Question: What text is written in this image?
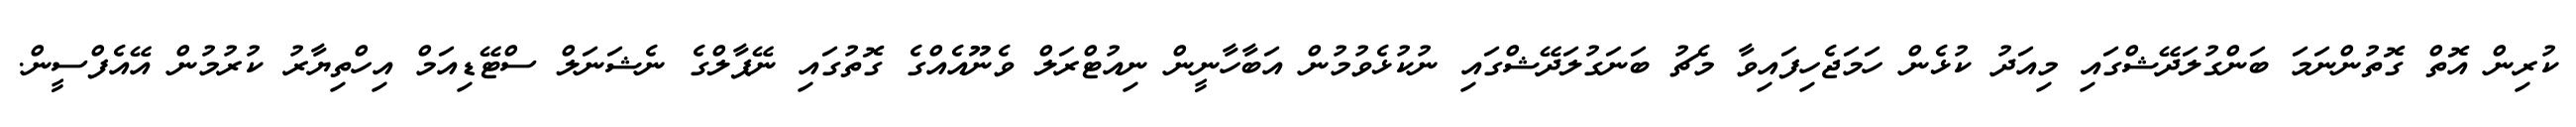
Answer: ކުރިން އޮތް ގޮތުންނަމަ ބަންގުލަދޭޝްގައި މިއަދު ކުޅެން ހަމަޖެހިފައިވާ މެޗު ބަނަގުލަދޭޝްގައި ނުކުޅެވުމުން އަބާހާނީން ނިއުޓްރަލް ވެނޫއެއްގެ ގޮތުގައި ނޭޕާލްގެ ނެޝަނަލް ސްޓޭޑިއަމް އިހްތިޔާރު ކުރުމުން އޭއެފްސީން.